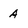
Character: A